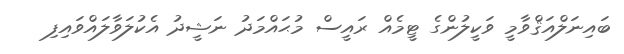
ބައިނަލްއަޤްވާމީ ވަކީލުންގެ ޓީމެއް ރައީސް މުޙައްމަދު ނަޝީދު އެކުލަވާލައްވައިފި